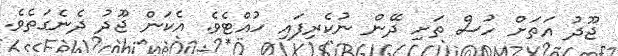
ޖޫދު އަތަށް ހުސް ތަށި ދޭން ނުކެރިފައި ހުއްޓެވެ. އެކަން ޖޫދު ދެނެގަތެވެ.